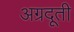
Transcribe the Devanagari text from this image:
अग्रदूती